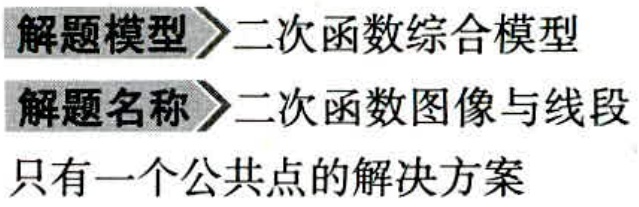
解题模型$\rhd$二次函数综合模型
解题名称$\rhd$二次函数图像与线段
只有一个公共点的解决方案